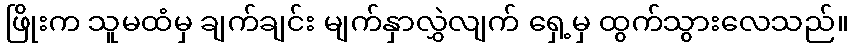
ဖြိုးက သူမထံမှ ချက်ချင်း မျက်နှာလွှဲလျက် ရှေ့မှ ထွက်သွားလေသည်။